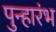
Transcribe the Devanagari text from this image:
पुन्हारंभ